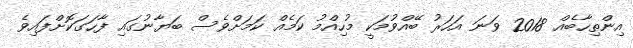
އިންތިހާބެއް 2018 ވަނަ އަހަރު ބޭއްވުމަކީ މުހިއްމު ކަމެއް ކަމަށްވެސް ބަޔާނުގައި ފާހަގަކޮށްފައިވެ